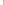
A.1.7 B.1.5 C.1.6